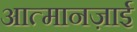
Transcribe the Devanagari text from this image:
आत्मानज़ाई